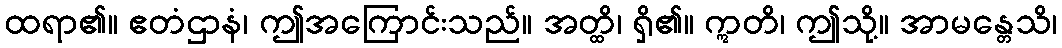
ထရာ၏။ ဧတံဌာနံ၊ ဤအကြောင်းသည်။ အတ္ထိ၊ ရှိ၏။ ဣတိ၊ ဤသို့။ အာမန္တေသိ၊